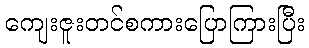
ကျေးဇူးတင်စကားပြောကြားပြီး